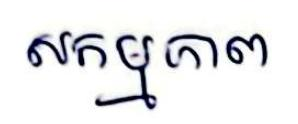
សកម្មភាព